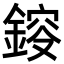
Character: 𨨿